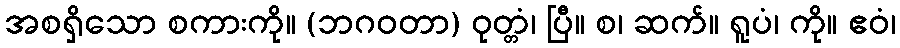
အစရှိသော စကားကို။ (ဘဂဝတာ) ဝုတ္တံ၊ ပြီ။ စ၊ ဆက်။ ရူပံ၊ ကို။ ဧဝံ၊